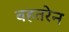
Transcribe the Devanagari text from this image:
बहतरेन